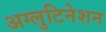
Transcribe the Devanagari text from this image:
अग्लुटिनेशन